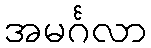
အမင်္ဂလာ